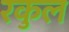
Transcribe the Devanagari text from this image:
रकुल